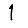
Digit: 1